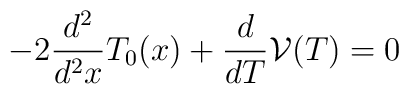
-2\frac{d^2}{d^2x}T_0(x)+\frac{d}{dT}\mathcal{V}(T)=0